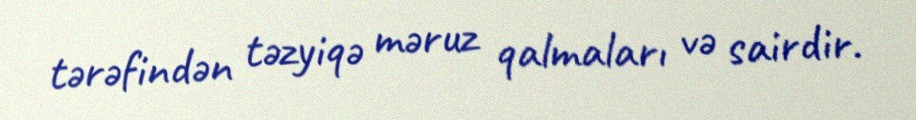
tərəfindən təzyiqə məruz qalmaları və sairdir.